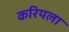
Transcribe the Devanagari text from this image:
करियला